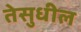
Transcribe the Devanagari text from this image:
तेसुधील